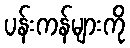
ပန်းကန်များကို